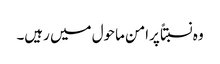
وہ نسبتاً پرامن ماحول میں رہیں۔